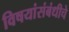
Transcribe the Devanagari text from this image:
विषयांसंबंधीचे